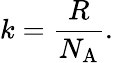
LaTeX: k={\frac{R}{N_{\mathrm{A}}}}.